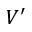
V ^ { \prime }